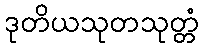
ဒုတိယသုတသုတ္တံ